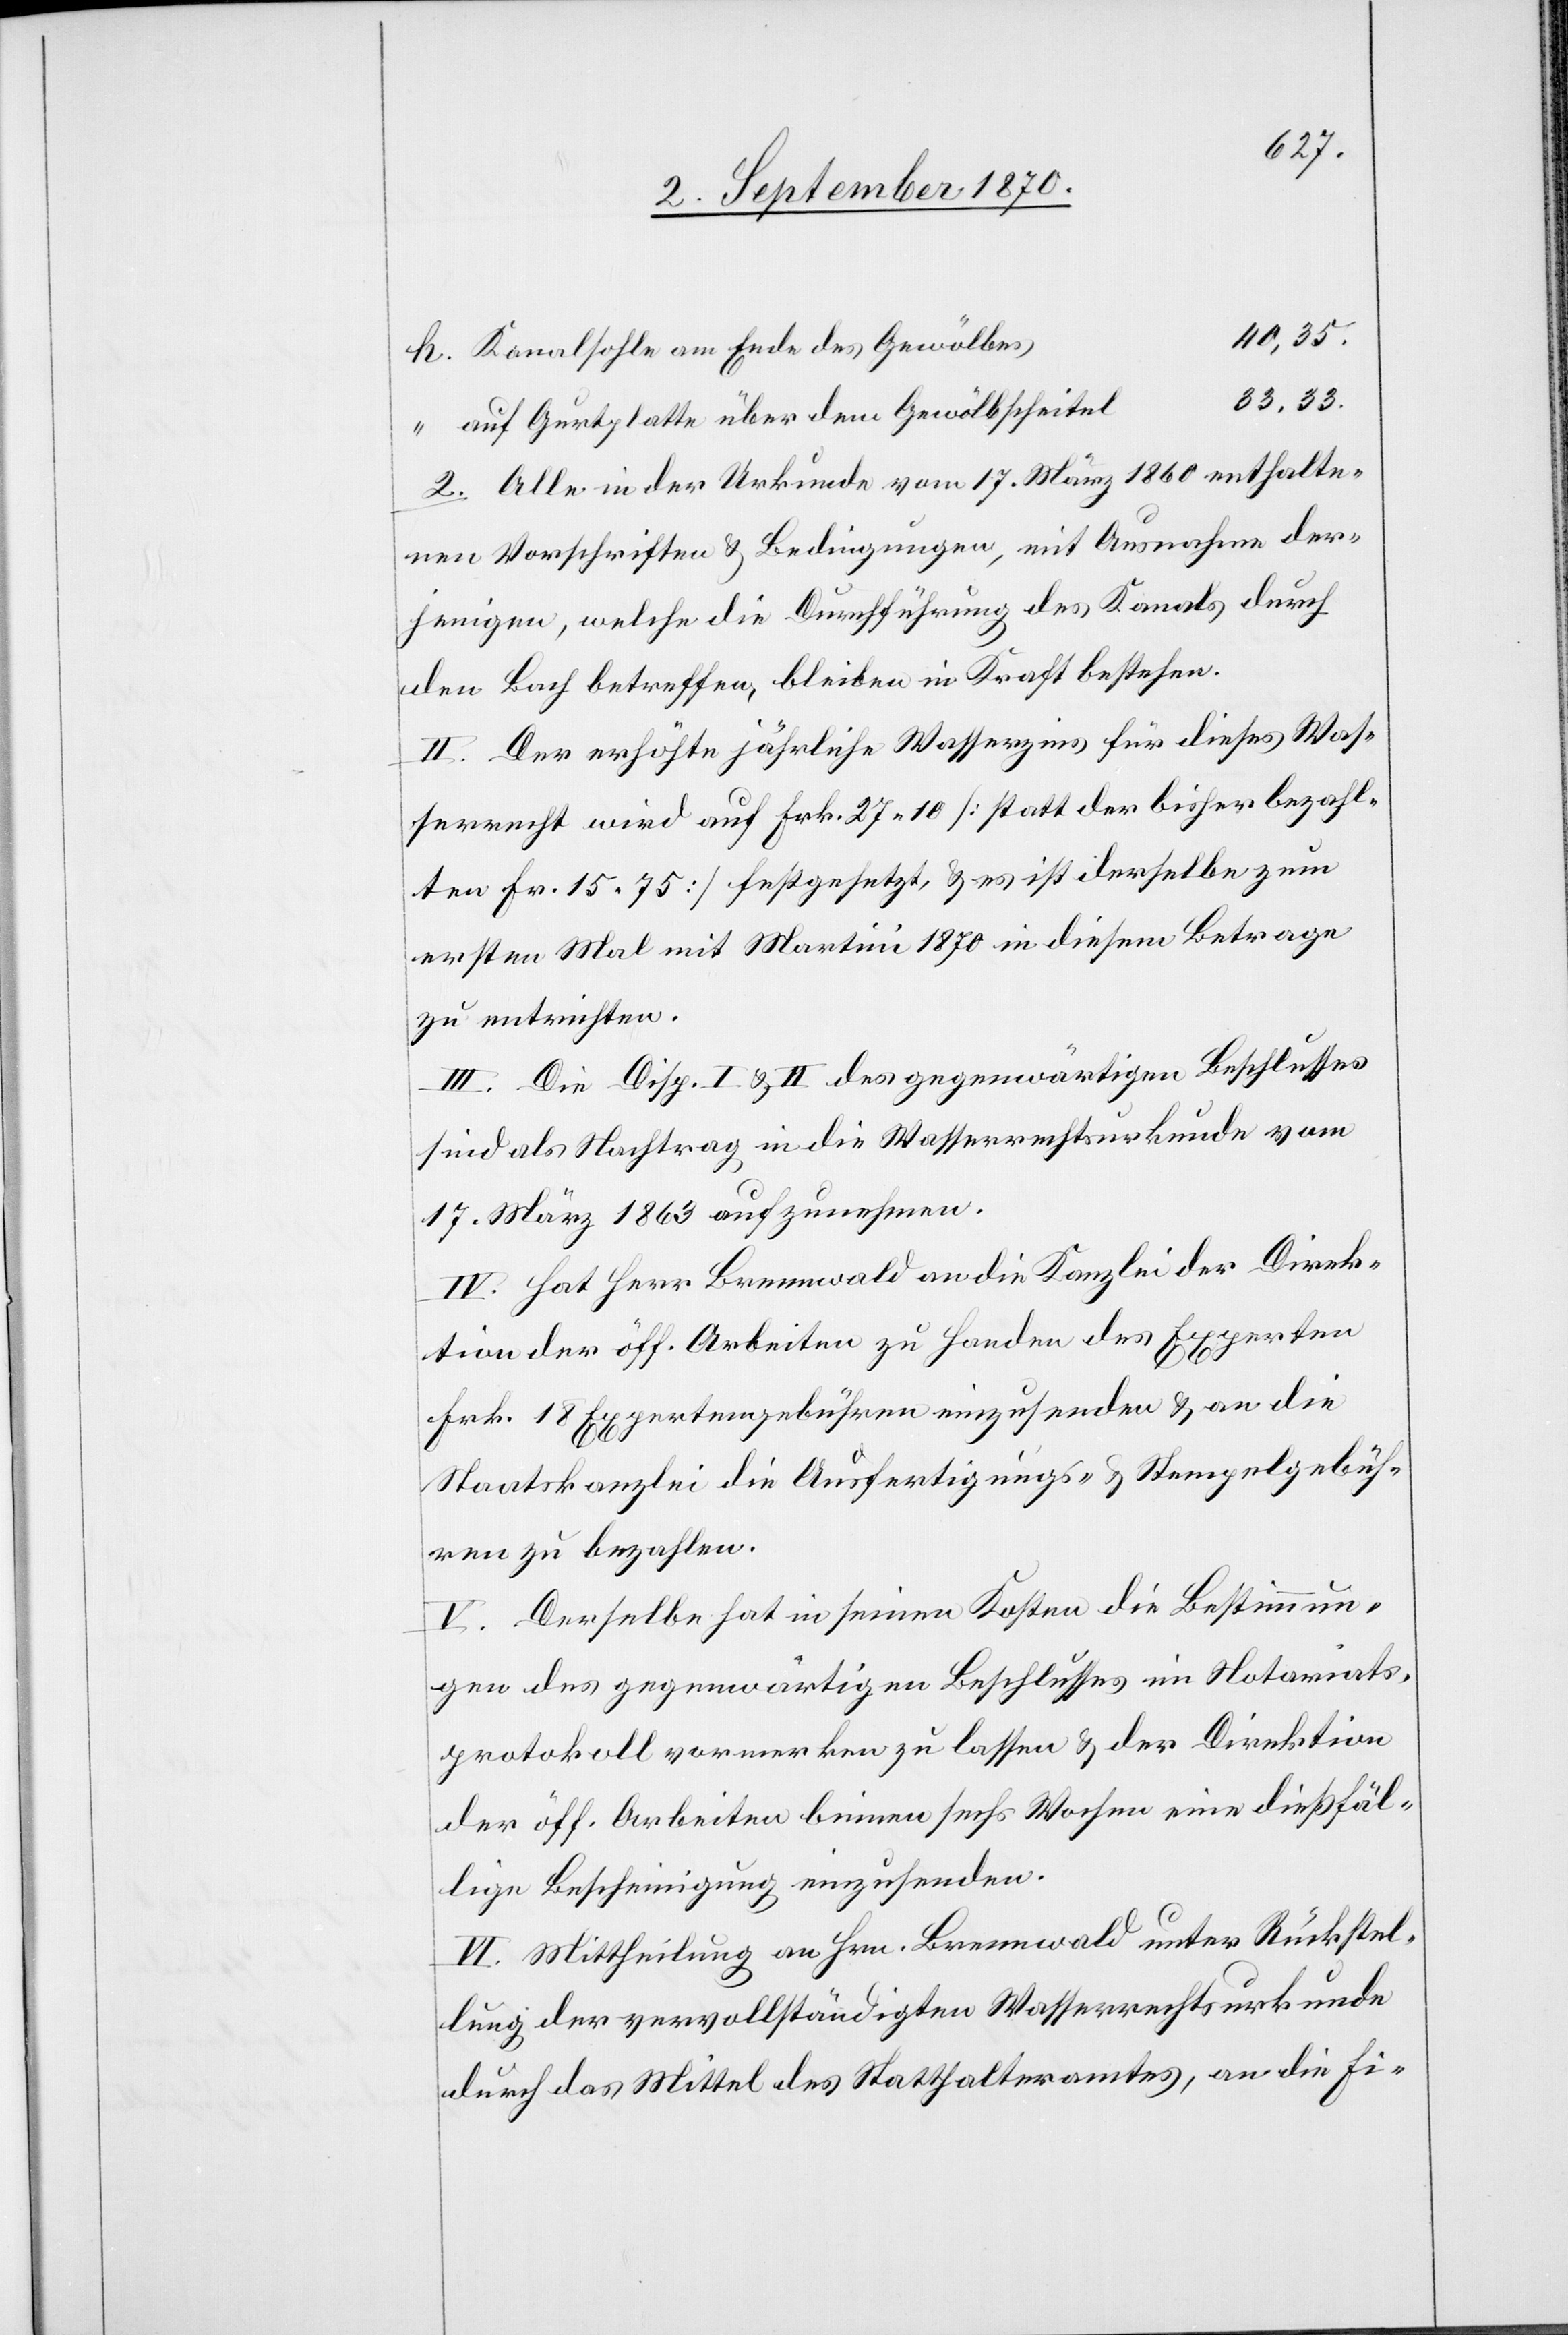
40,35.
Kanalsohle am Ende des Gewölbes
33,33.
2. Alle in der Urkunde vom 17. März 1860 enthalte¬
nen Vorschriften & Bedingungen, mit Ausnahme der¬
jenigen, welche die Durchführung des Kanals durch
den Bach betreffend, bleiben in Kraft bestehen.
II. Der erhöhte jährliche Wasserzins für dieses Was¬
serrecht wird auf Fr. 27.10 [statt der bisher bezahl¬
ten Fr. 15.75] festgesetzt, & es ist derselbe zum
ersten Mal mit Martine 1870 in diesem Betrage
zu entrichten.
III. Die Disp. I & II des gegenwärtigen Beschlusses
sind als Nachtrag in die Wasserrechtsurkunde vom
17. März 1863 aufzunehmen.
IV. Hat Herr Brennwald an die Kanzlei der Direk¬
tion der öff. Arbeiten zu Handen des Experten
Frk. 18 Expertengebühren einzusenden & an die
Staatskanzlei die Ausfertigungs- & Stempelgebüh¬
ren zu bezahlen.
V. Derselbe hat in seinen Kosten die Bestimmun¬
gen des gegenwärtigen Beschlusses im Notariats¬
protokoll vormerken zu lassen & der Direktion
der öff. Arbeiten binnen sechs Wochen eine dießfäl¬
lige Bescheinigung einzusenden.
VI. Mittheilung an Hrn. Brennwald unter Rückstel¬
lung der vervollständigten Wasserrechtsurkunde
durch das Mittel des Statthalteramtes, an die Fi-